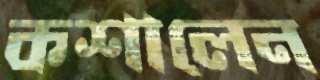
কশালেন